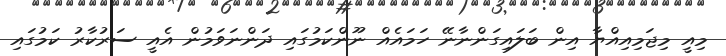
މިއީ މިޖަމިއިއްޔާ އިން ބަލައިގަންނާނޭ ހަމައެއް ނޫންކަމުގައި ދަންނަވަމުން އެއީ ސަރުކާރު ކަމުގައި